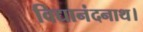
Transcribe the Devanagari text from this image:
विद्यानंदनाथ।